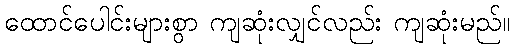
ထောင်ပေါင်းများစွာ ကျဆုံးလျှင်လည်း ကျဆုံးမည်။